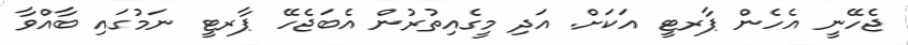
ޖެހޭނީ އެހެން ޕާރޓީ އަކަށް. އަދި މީގެއިތުރުން އެބަޖެހޭ ޕާރޓީ ނަމުގައި ބާއްވާ